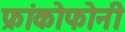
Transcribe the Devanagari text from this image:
फ्रांकोफोनी